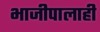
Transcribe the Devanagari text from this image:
भाजीपालाही